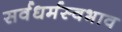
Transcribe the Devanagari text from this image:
सर्वधर्मस्वभाव